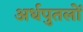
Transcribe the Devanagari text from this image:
अर्धपुतलों